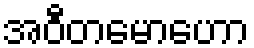
အဝီတမောဟော